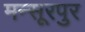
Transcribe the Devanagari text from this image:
मन्सूरपुर